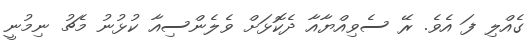
ގެއްލި ފަ އެވެ. ރޭ ސެވިއްޔާއާ ދެކޮޅަށް ވެލެންސިއާ ކުޅުނު މެޗު ނިމުނީ